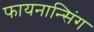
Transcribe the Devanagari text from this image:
फायनान्सिंग